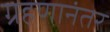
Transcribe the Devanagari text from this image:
ग्रहणानंतर